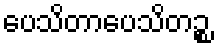
ပေသိတာပေသိတဉ္စ